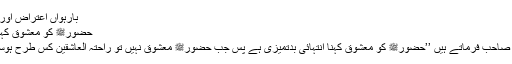
بارہواں اعتراض اور اسکا جواب
حضورﷺ کو معشوق کہنا جائز نہیں
٭ پھلواروی صاحب فرماتے ہیں ’’حضورﷺ کو معشوق کہنا انتہائی بدتمیزی ہے پس جب حضورﷺ معشوق نہیں تو راحتہ العاشقین کس طرح ہوسکتے ہیں‘‘؟